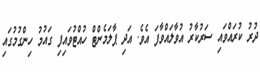
ދުރު ކުރައްވައި ސަރުކާރު އުވާލައްވާފަ އެވެ. އަދި ޕާލަމެންޓް ހުއްޓުވައިފި ގައުމު ހިންގުމުގައި